Indian journal of veterinary science and animal husbandry - Volume 12,
Year: 1942
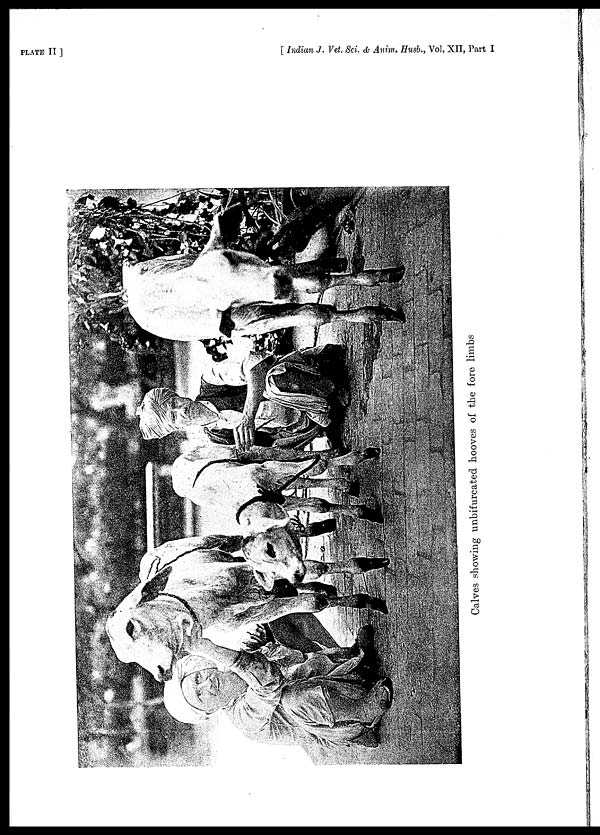
PLATE II]
[ Indian J. Vet. Sci. & Anim. Husb., Vol. XII, Part I
Calves showing unbifurcated hooves of the fore limbs